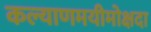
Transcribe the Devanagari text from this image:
कल्याणमयीमोक्षदा